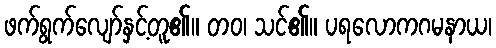
ဖက်ရွက်လျော်နှင့်တူ၏။ တဝ၊ သင်၏။ ပရလောကဂမနာယ၊